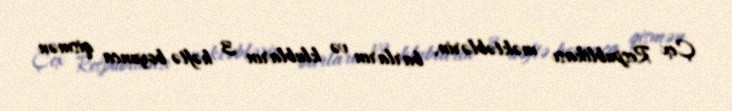
Çex Respublikası məktəblərin, barların və klubların 3 həftə boyunca qismən